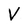
Character: V